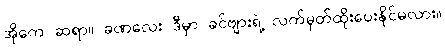
အိုကေ ဆရာ။ ခဏလေး ဒီမှာ ခင်ဗျားရဲ့ လက်မှတ်ထိုးပေးနိုင်မလား။